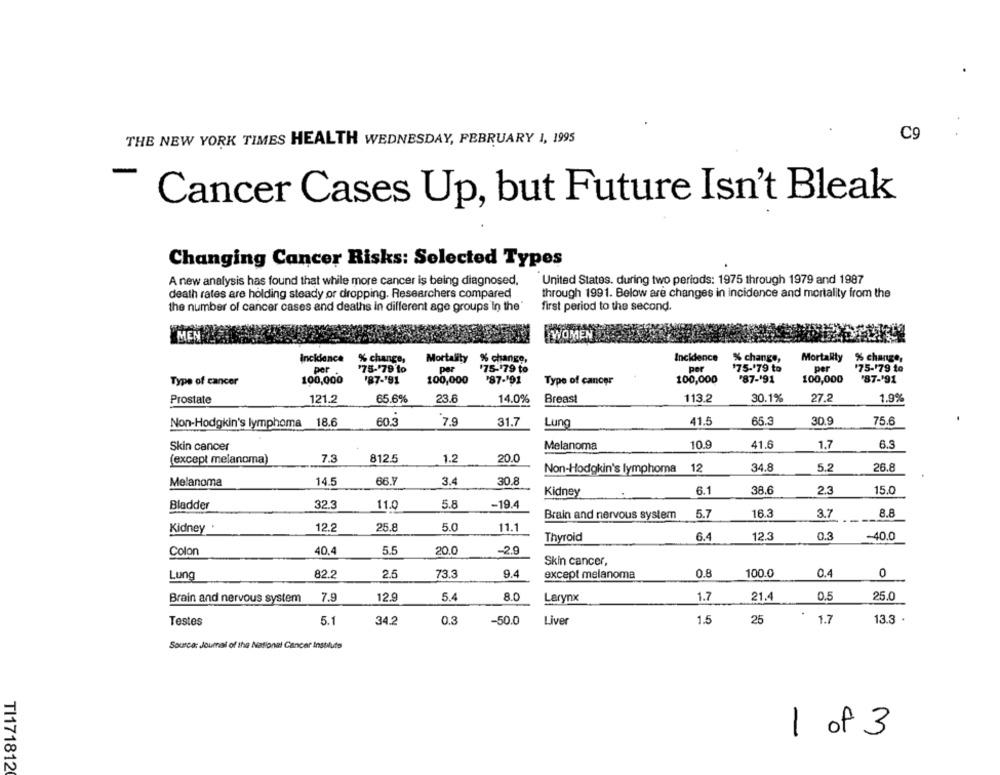
C9
THE NEW YORK TIMES HEALTH WEDNESDAY, FEBRUARY 1, 1995
-
Cancer Cases Up, but Future Isn't Bleak
Changing Cancer Risks: Selected Types
United States. during two periods: 1975 through 1979 and 1987
A new analysis has found that while more cancer is being diagnosed.
death rates are holding steady or dropping. Researchers compared
through 1991. Below are changes in incidence and mortality from the
the number of cancer cases and deaths in different age groups In the"
first period to the second.
MEN
WOME
Incidence
Incidence
% change,
Mortality % change,
% change,
Mortality % change,
per
'75-79 1o
per
'75-79 to
per
$75-'79 to
per
'75-179 to
Type of cancer
100,000
'87-'91
100,000
'87-191
Type of cancer
100,000
'87-'91
100,000
'87-191
Prostate
121.2
65.6%
23.6
14.0%
Breast
113.2
30.1%
27.2
1.9%
Non-Hodgkin's lymphoma 18.6
60.3
7.9
31.7
Lung
41.5
65.3
30.9
75.6
Skin cancer
Melanoma
10.9
41.6
1.7
6.3
7.3
812.5
(except melanoma)
1.2
20.0
Non-Hodgkin's lymphoma 12
34.8
5.2
26.8
66.Y
30.8
Melanoma
14.5
3.4
Kidney
6.1
38.6
2.3
15.0
Bladder
32.3
5.8
-19.4
11.0
Brain and nervous system
5.7
16.3
3.7
8.8
Kidney .
12.2
25.8
5.0
11.1
0.3
-40.0
Thyroid
6.4
12.3
40.4
5.5
20.0
-2.9
Colon
Skin cancer,
82.2
2.5
9.4
except melanoma
0.8
100.0
0.4
0
Lung
73.3
7.9
12.9
5.
8.0
Larynx
1.7
21.4
0.5
25.0
Brain and nervous system
Testes
5.1
0.3
1.5
25
1.7
13.3 .
34.2
-50.0
Liver
Source: Journal of the National Cancer Insblute
1 of 3
TI171812